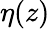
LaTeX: \eta(z)